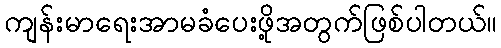
ကျန်းမာရေးအာမခံပေးဖို့အတွက်ဖြစ်ပါတယ်။